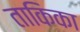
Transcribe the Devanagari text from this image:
ताकिका